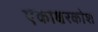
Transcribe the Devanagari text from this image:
एकाक्षरकोश